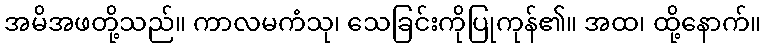
အမိအဖတို့သည်။ ကာလမကံသု၊ သေခြင်းကိုပြုကုန်၏။ အထ၊ ထို့နောက်။